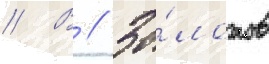
// В // Зо́лотов